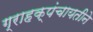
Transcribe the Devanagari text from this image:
ग्राहक्पंचायतीने